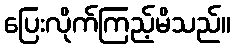
ပြေးလိုက်ကြည့်မိသည်။